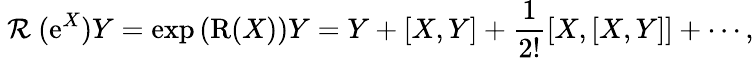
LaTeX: \mathrm{~\cal{R}~}(\mathrm{e}^{X})Y=\exp{(\mathrm{R}(X))}Y=Y+[X,Y]+\frac{1}{2!}[X,[X,Y]]+\cdots,